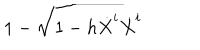
1 - \sqrt { 1 - h \dot { X } ^ { i } \dot { X } ^ { i } } \,